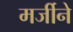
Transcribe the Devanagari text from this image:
मर्जीने